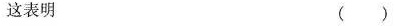
这表明 ( )